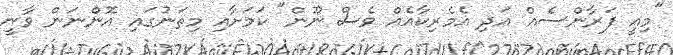
"މިއީ ފަރާންސެއް އަދި އެމެރިކާއެއް ވެސް ނޫން" ކަމަށާއި މިތަނުގައި އޮންނަން ވާނީ